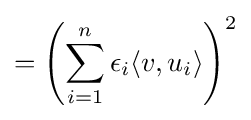
=\left(\sum _{i=1}^{n}\epsilon _{i}\langle v,u_{i}\rangle \right)^{2}